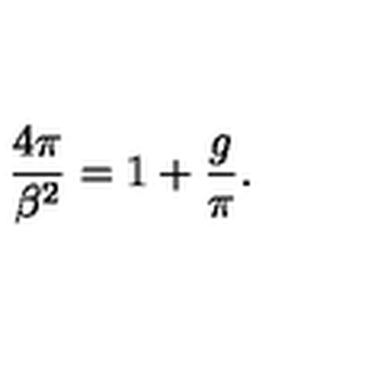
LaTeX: \frac { 4 \pi } { \beta ^ { 2 } } = 1 + \frac { g } { \pi } .